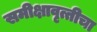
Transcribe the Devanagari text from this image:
समीक्षावृत्तीचा